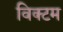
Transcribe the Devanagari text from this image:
विक्टम